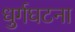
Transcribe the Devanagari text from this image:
धुर्गघटना